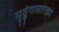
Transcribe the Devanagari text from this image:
मृदुंगासारख्या